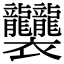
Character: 𧟟